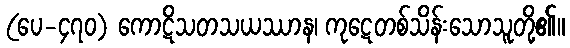
(ပေ-၄၇၀) ကောဋိသတသယဿာန၊ ကုဋေတစ်သိန်းသောသူတို့၏။